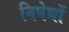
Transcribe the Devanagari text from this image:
निषेद्यों